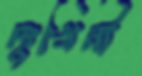
দুঃখিনী